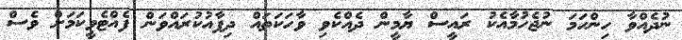
ނުދެއްވާ ހިންހަމަ ނުޖެހުމާއެކު ރައީސް ޔާމީން ދެއްކެވި ވާހަކަތައް ދިފާއުކުރައްވަން ފެއްޓެވީކަމަށް ވެސް